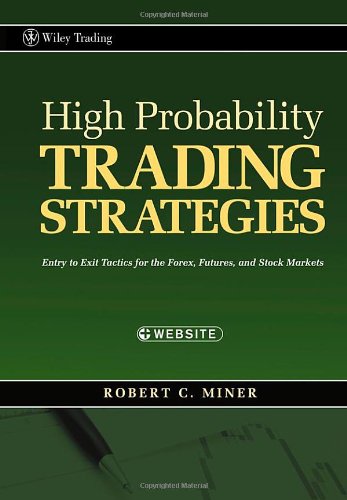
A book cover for High Probability Trading Strategies: Entry to Exit Tactics for the Forex, Futures, and Stock Markets; Robert C. Miner; Business & Money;